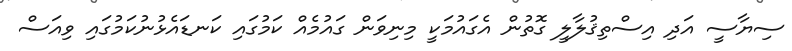
ސިޔާސީ އަދި އިސްތިޤުލާލީ ގޮތުން އެގައުމަކީ މިނިވަން ގައުމެއް ކަމުގައި ކަނޑައެޅުނުކަމުގައި ވިއަސް